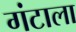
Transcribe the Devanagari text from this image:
गंटाला